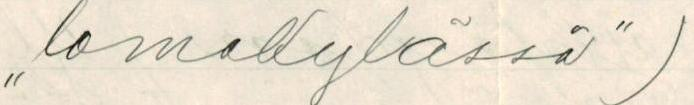
,,lomakylässä")